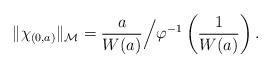
LaTeX: \begin{align*}\|\chi_{(0,a)}\|_\mathcal{M} = \frac {a}{W(a)} \Big{/}\varphi^{-1}\left(\frac{1}{W(a)}\right).\end{align*}